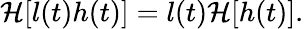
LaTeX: \mathcal{H}[l(t)h(t)]=l(t)\mathcal{H}[h(t)].